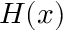
H ( x )